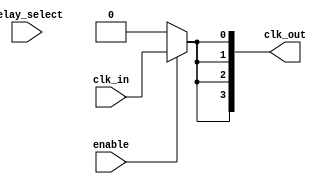
module skew_optimized_clock_buffer (
    input wire clk_in,                // Input clock signal
    input wire [3:0] delay_select,    // Programmable delay selection
    input wire enable,                 // Enable signal for clock gating
    output wire [3:0] clk_out          // Output clock signals to memory blocks
);

    // Parameters for delay settings (in simulation units)
    parameter DELAY_0 = 0;            // No delay
    parameter DELAY_1 = 1;            // 1 unit delay
    parameter DELAY_2 = 2;            // 2 units delay
    parameter DELAY_3 = 3;            // 3 units delay
    parameter DELAY_4 = 4;            // 4 units delay

    // Internal signals
    wire clk_buffered;                 // Buffered clock signal
    wire clk_delayed;                  // Delayed clock signal

    // Clock Input Stage: Buffer the incoming clock signal
    // This can be replaced with a more complex buffer if needed
    assign clk_buffered = clk_in;

    // Delay Line: Introduce programmable delay
    always @(*) begin
        case (delay_select)
            4'b0000: clk_delayed = clk_buffered; // No delay
            4'b0001: clk_delayed = #(DELAY_1) clk_buffered; // 1 unit delay
            4'b0010: clk_delayed = #(DELAY_2) clk_buffered; // 2 units delay
            4'b0011: clk_delayed = #(DELAY_3) clk_buffered; // 3 units delay
            4'b0100: clk_delayed = #(DELAY_4) clk_buffered; // 4 units delay
            default: clk_delayed = clk_buffered; // Default to no delay
        endcase
    end

    // Clock Distribution Network: Drive the output clock signals
    genvar i;
    generate
        for (i = 0; i < 4; i = i + 1) begin : clk_distribution
            // Output Stage: Buffer the final clock signal to memory blocks
            assign clk_out[i] = enable ? clk_delayed : 1'b0; // Clock gating
        end
    endgenerate

endmodule